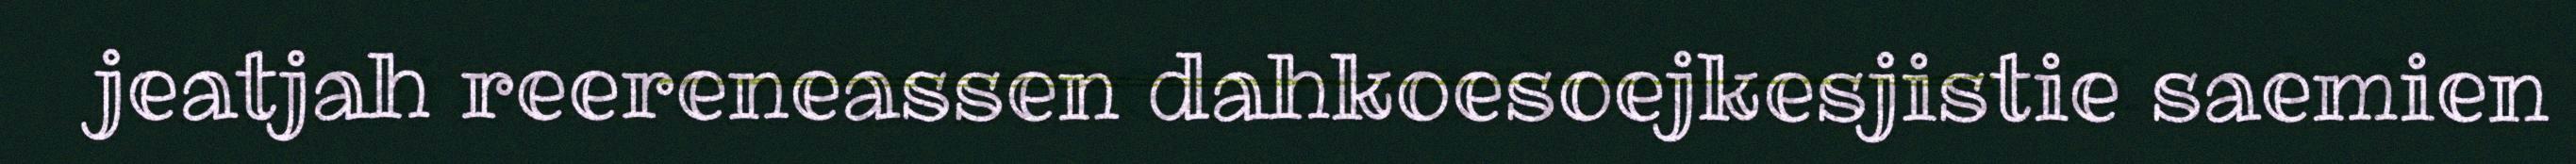
jeatjah reereneassen dahkoesoejkesjistie saemien